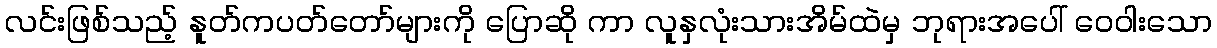
လင်းဖြစ်သည့် နူတ်ကပတ်တော်များကို ပြောဆို ကာ လူနှလုံးသားအိမ်ထဲမှ ဘုရားအပေါ် ဝေဝါးသော